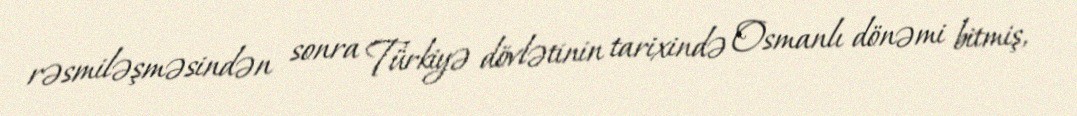
rəsmiləşməsindən sonra Türkiyə dövlətinin tarixində Osmanlı dönəmi bitmiş,